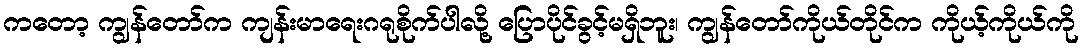
ကတော့ ကျွန်တော်က ကျန်းမာရေးဂရုစိုက်ပါလို့ ပြောပိုင်ခွင့်မရှိဘူး၊ ကျွန်တော်ကိုယ်တိုင်က ကိုယ့်ကိုယ်ကို